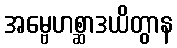
အမ္ဗေဟစ္ဆာဒယိတွာန